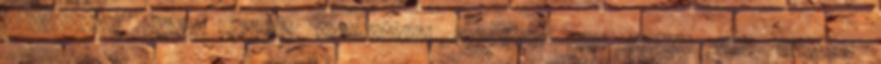
mindenről lehet írni, véleményt alkotni Még akkor is, amikor